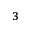
^ 3